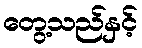
တွေ့သည်နှင့်